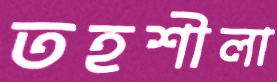
তহশীলা